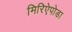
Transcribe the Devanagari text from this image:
मिरिऐपोडा